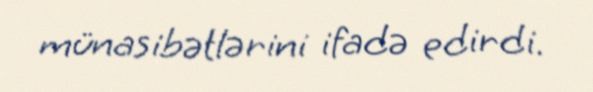
münasibətlərini ifadə edirdi.